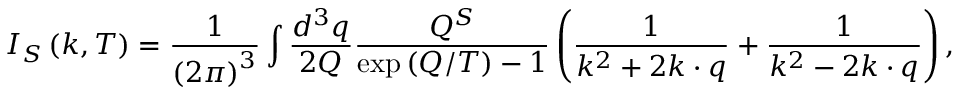
I _ { S } \left( k , T \right) = \frac 1 { \left( 2 \pi \right) ^ { 3 } } \int \frac { d ^ { 3 } q } { 2 Q } \frac { Q ^ { S } } { \exp \left( Q / T \right) - 1 } \left( \frac 1 { k ^ { 2 } + 2 k \cdot q } + \frac 1 { k ^ { 2 } - 2 k \cdot q } \right) ,